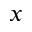
x